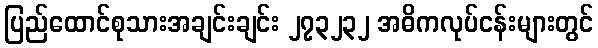
ပြည်ထောင်စုသားအချင်းချင်း ၂၇၃၂၃၂ အဓိကလုပ်ငန်းများတွင်